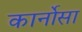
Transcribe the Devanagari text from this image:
कार्नोसा